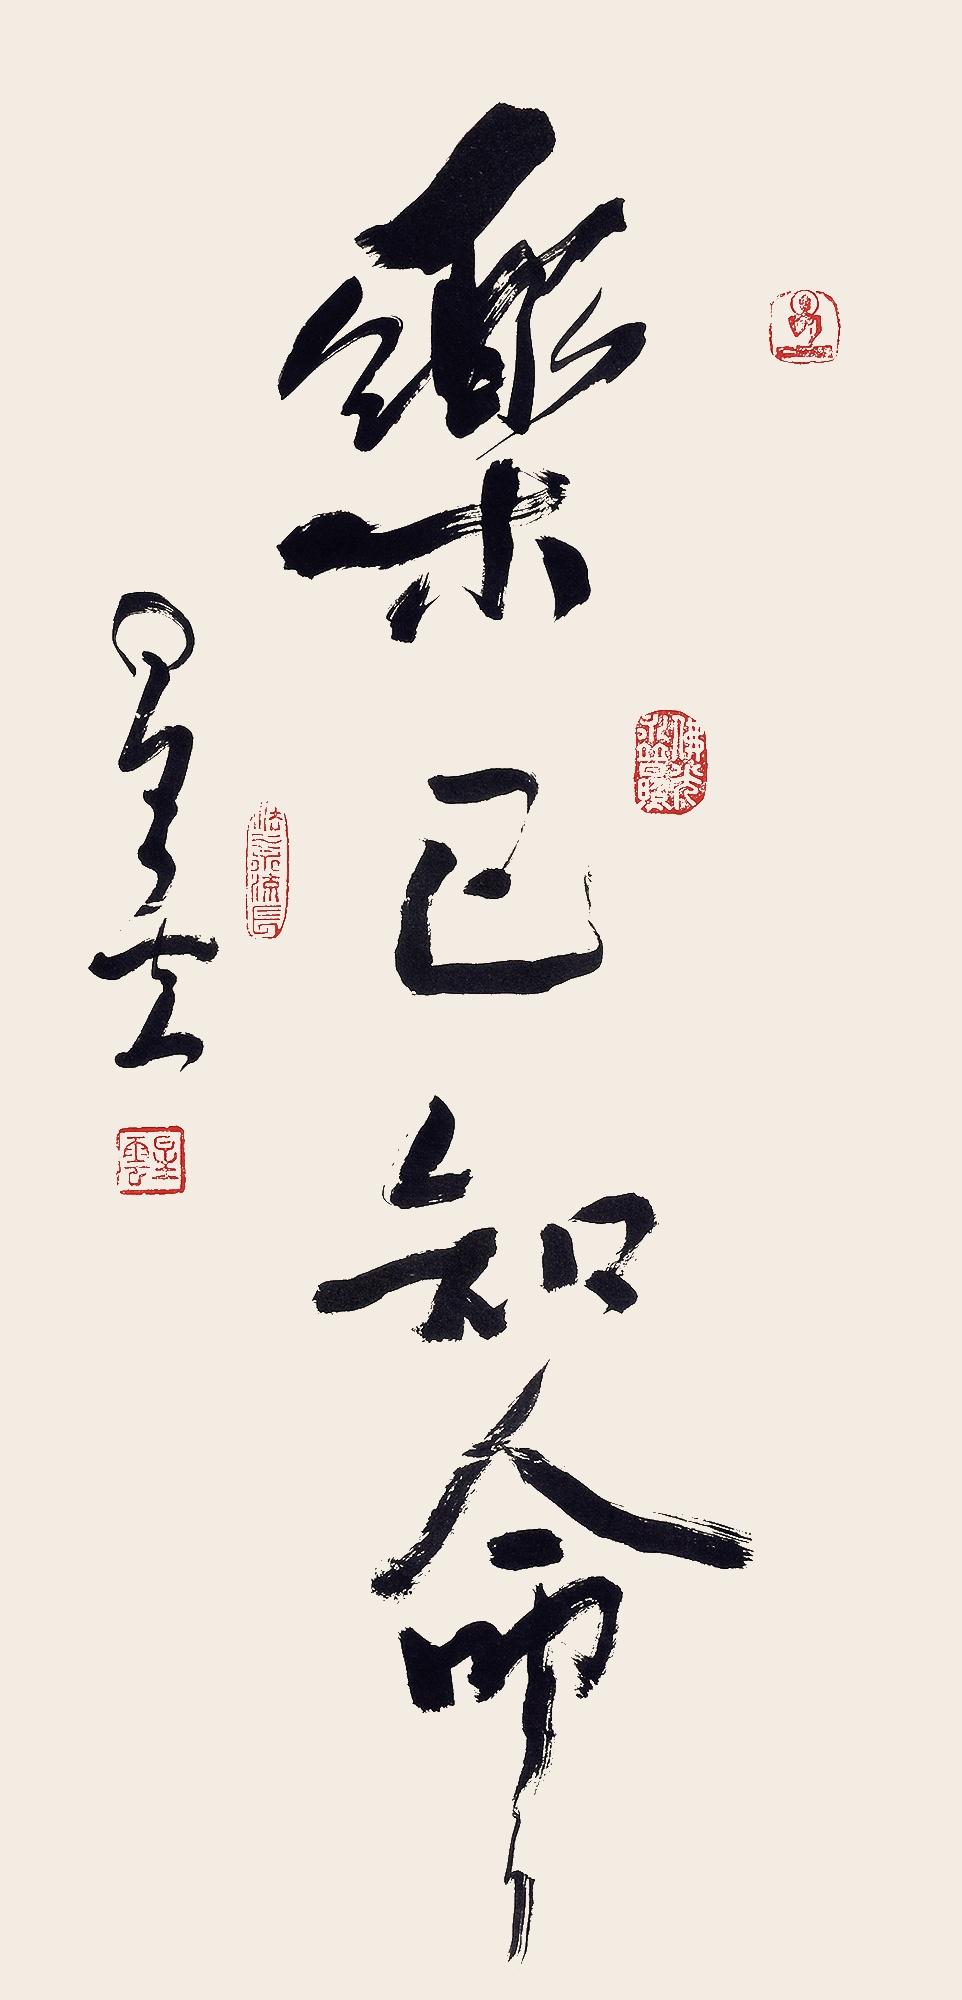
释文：乐己知命星云。